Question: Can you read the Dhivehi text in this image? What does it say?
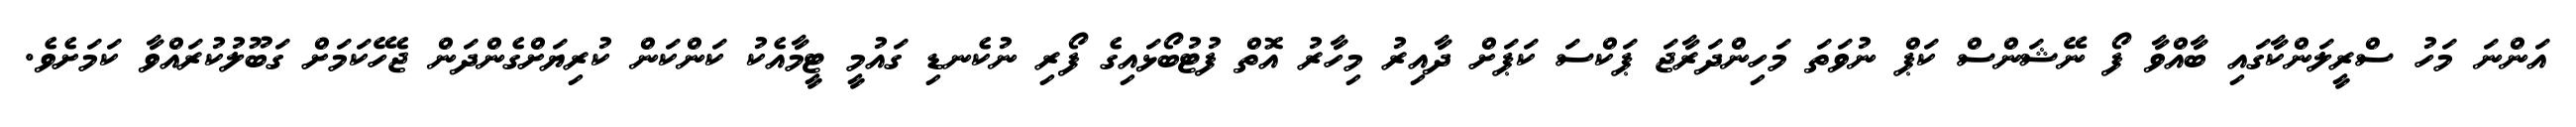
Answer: އަންނަ މަހު ސްރީލަންކާގައި ބާއްވާ ފޯ ނޭޝަންސް ކަޕް ނުވަތަ މަހިންދަރާޖަ ޕަކްސަ ކަޕަށް ދާއިރު މިހާރު އޮތް ފުޓުބޯޅައިގެ ފޯރި ނުކެނޑި ގައުމީ ޓީމާއެކު ކަންކަން ކުރިޔަށްގެންދަން ޖެހޭކަމަށް ގަބޫލުކުރައްވާ ކަމަށެވެ.